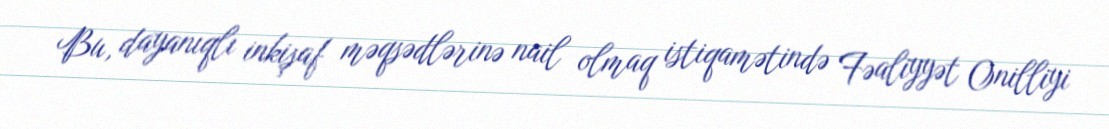
Bu, dayanıqlı inkişaf məqsədlərinə nail olmaq istiqamətində Fəaliyyət Onilliyi